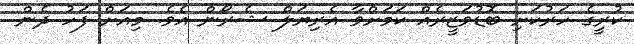
ކުރީގެ ހަރުކަށި ބޮޑުވަޒީރެއް ކަމަށްވާ އެރިޔަލް ޝެރޯން އެވެ. މިއަށް ފަހު ދެން